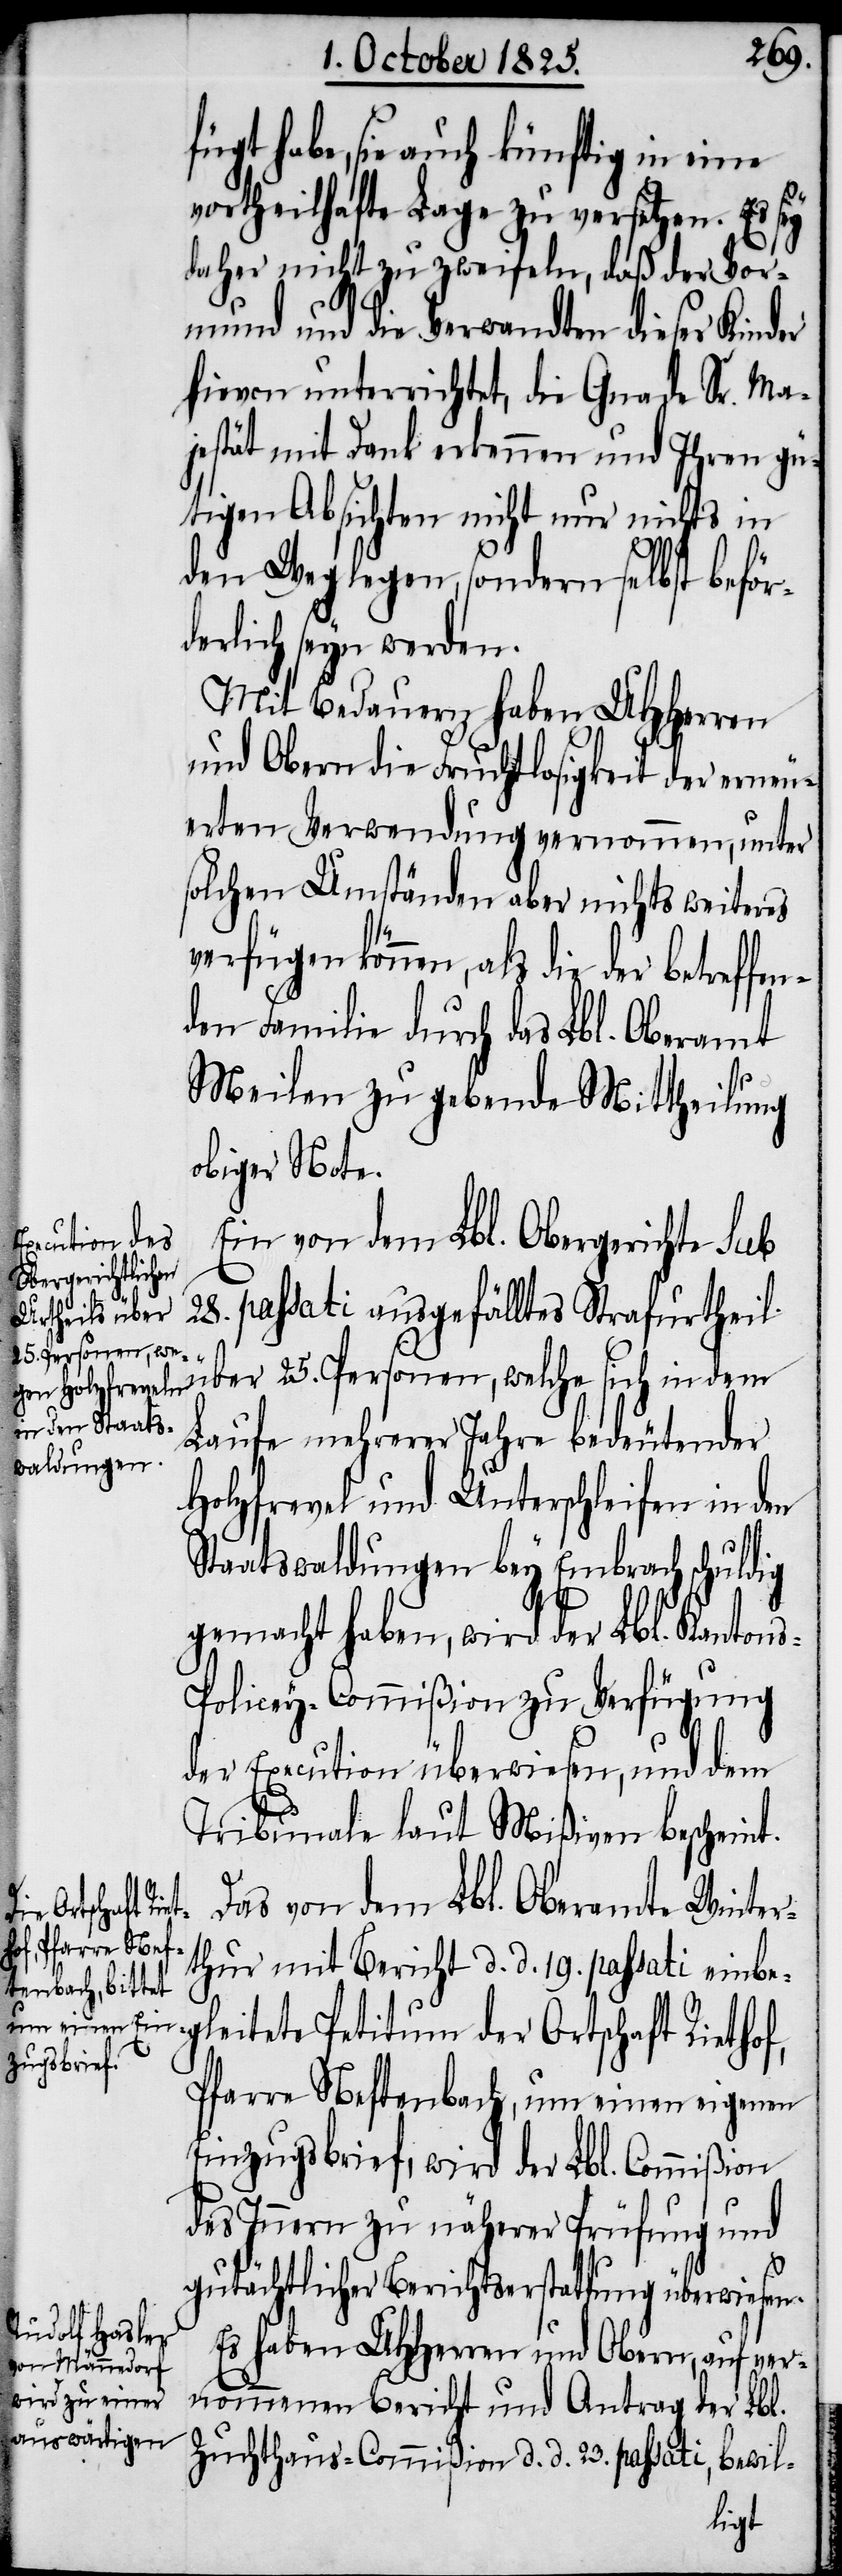
fügt habe, sie auch künftig in eine
vortheilhafte Lage zu versetzen. Es sey
daher nicht zu zweifeln, daß der Vor¬
mund und die Verwandten dieser Kinder
hievon unterrichtet, die Gnade Sr. Ma¬
jestät mit Dank erkennen und Ihren gü¬
tigen Absichten nicht nur nichts in
den Weg legen, sondern selbst beför¬
derlich seyn werden.
Mit Bedauern haben UHHerren
und Obern die Fruchtlosigkeit der erneu¬
erten Verwendung vernommen, unter
solchen Umständen aber nichts weiteres
verfügen können, als die der
den Familie durch das Lbl. Oberamt
Meilen zu gebende Mittheilung
obiger Note.
Ein von dem Lbl. Obergerichte sub
28. passati ausgefälltes Strafurtheil
über 25. Personen, welche sich indem
Laufe mehrerer Jahre bedeutender
Hochfrevel und Unterschleifen in den
Staatswaldungen bey Embrach schuldig
gemacht haben, wird der Lbl. Kantons¬
policey-Commißion zu Verfügung
der Execution überwiesen, und dem
Tribunale laut Mißiven bescheint.
Das von dem Lbl. Oberamte Winter¬
betreffen¬
thur mit Bericht d. d. 19. passati einbe¬
gleitete Petitum der Ortschaft Riethof,
Pfarre Neftenbach, um einen eigenen
Einzugsbrief, wird der Lbl. Commißion
des Innern zu näherer Prüfung und
gutächtlicher Berichtserstattung überwiesen.
Es haben UHHerren und Obern, auf ver¬
nommenen Bericht und Antrag der Lbl.
Zuchthaus-Commißion d. d. 23. passati, bewil-